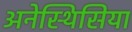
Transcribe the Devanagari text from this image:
अनेस्थिसिया